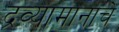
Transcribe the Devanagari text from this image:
द्रव्यामानाचे